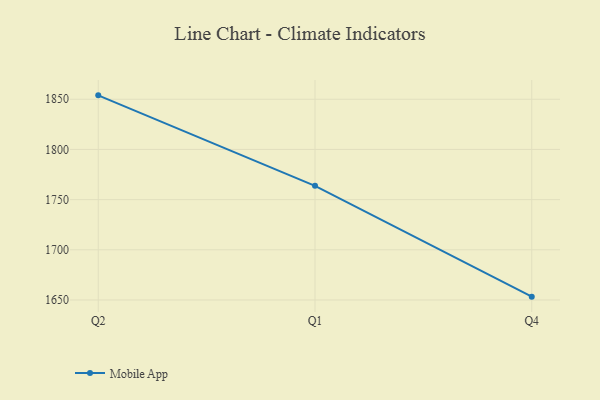
{"axis": {"x": "Quarter", "y": "Conversion Rate (%)"}, "legend": ["Mobile App"], "data": [{"x": "Q2", "y": 1853.9, "type": "Mobile App"}, {"x": "Q1", "y": 1763.7, "type": "Mobile App"}, {"x": "Q4", "y": 1653.3, "type": "Mobile App"}]}